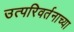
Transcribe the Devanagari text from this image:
उत्परिवर्तनाच्या